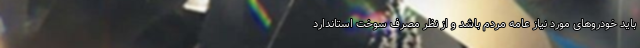
باید خودروهای مورد نیاز عامه مردم باشد و از نظر مصرف سوخت استاندارد